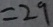
= 2 9